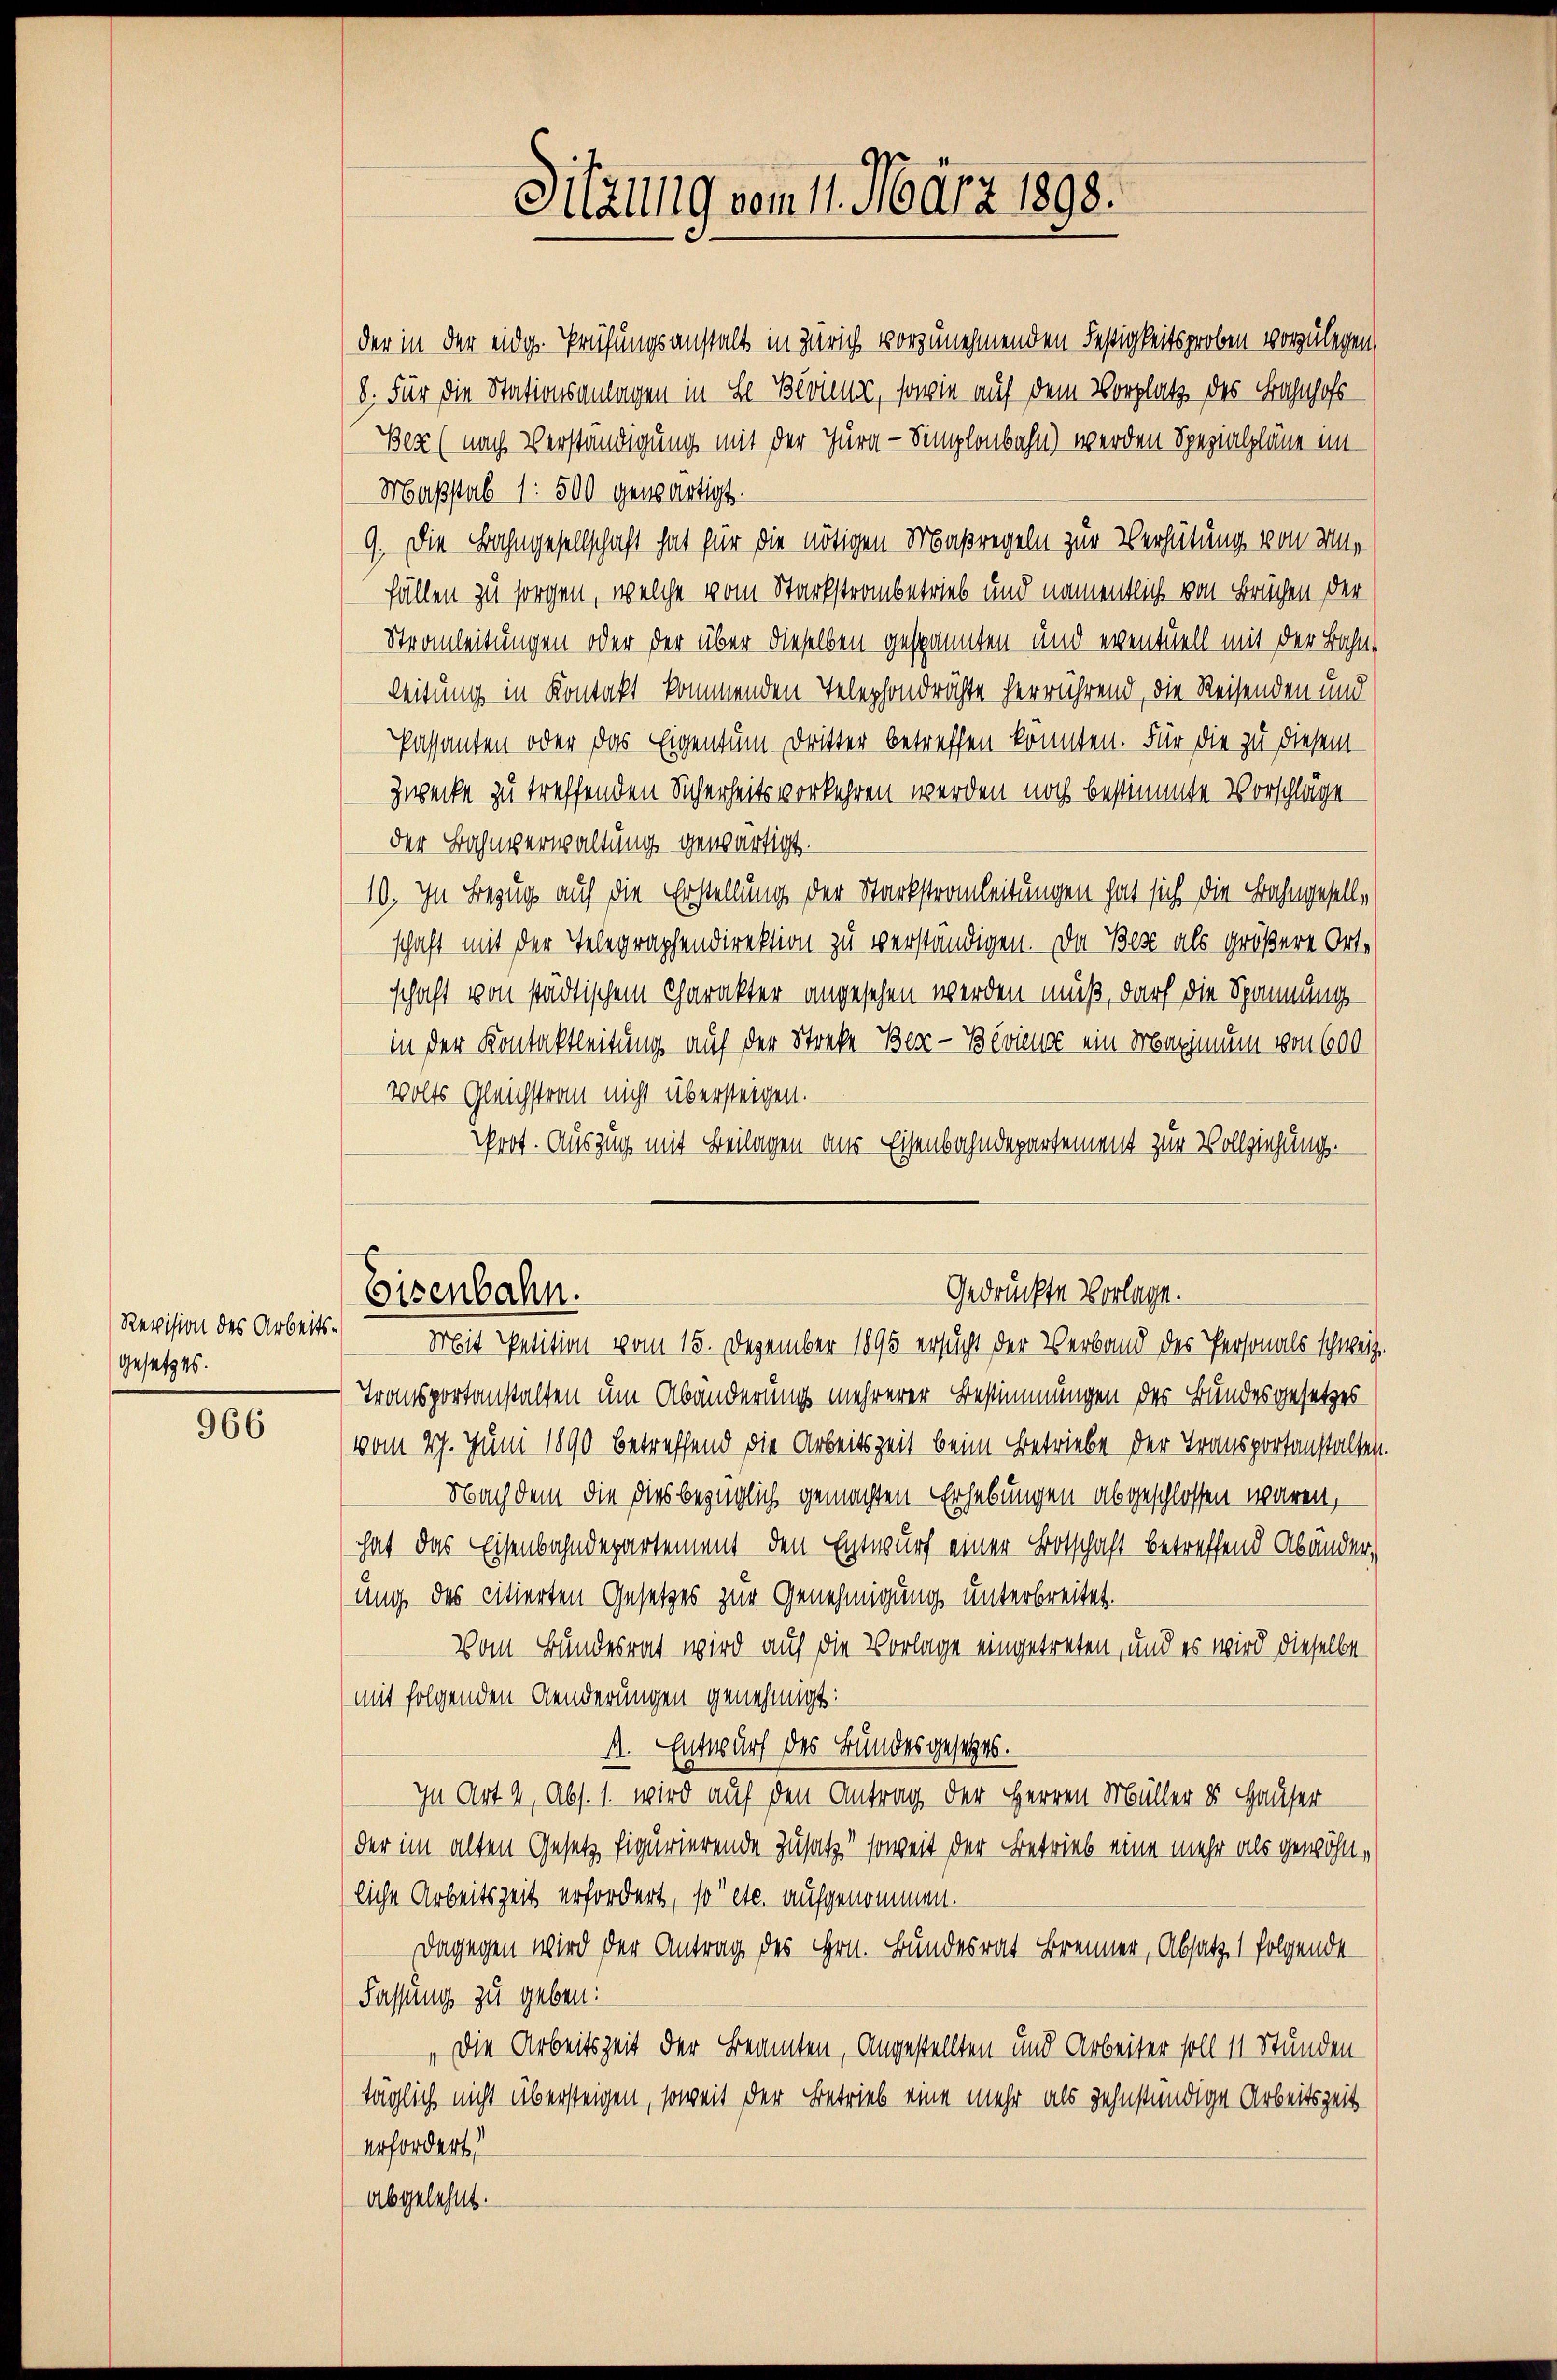
Revision des Arbeitsgesetzes.

966

der in der eidg. Prüfungsanstalt in Zürich vorzunehmenden Festigkeitsproben vorzulegen,
8. Für die Stationsanlagen in Se. Beviene, sowie auf dem Vorplatz des Bahnhofs
Bez (nach Verständigung mit der Jura-Simplonbahn) werden Spezialpläne im
Maßstab 1: 500 gewärtigt.
9. Die Bahngesellschaft hat für die nötigen Maßregeln zur Verhütung von Mit-
fällen zu sorgen, welche vom Starkstranbetrieb und namentlich von Brüchen der
Stronleitungen oder der über dieselben gespannten und eventuell mit der Bahn-
Leitung in Kontakt kommenden Telephondröchte herrührend, die Reisenden und
Passanten oder das Eigentum Dritter betreffen könnten. Für die zu diesem
Zwecke zu treffenden Sicherheits vorkehren werden noch bestimmte Vorschläge
der Bahnverwaltung gewärtigt.
10. In Bezug auf die Erstellung der Starkstronleitungen hat sich die Bahngesellschaft mit der Telegraphendirektion zu verständigen. Da Bese als größere Ortschaft von städtischem Charakter angesehen werden muß, darf die Spannungsin der Kontaktleitung auf der Streke Ber - Beviende ein Maximum von 600
Wolts Gleichstran nicht übersteigen.
rot. Auszug mit Beilagen aus Eisenbahndepartement zur Vollziehung.

Sitzung vom 11. März 1898.

Gedruckte Vorlage.
Eisenbahn.

Mit Petition vom 15. Dezember 1895 ersucht der Verband des Personals schweiz.
Transportanstalten um Abänderung mehrerer Bestimmungen des Bundesgesetzes
vom 27. Juni 1890 betreffend die Arbeitszeit beim Betriebe der Transportanstalten.
Nachdem die dies bezüglich gemachten Erhebungen abgeschlossen waren,
hat das Eisenbahndepartement den Entwurf einer Botschaft betreffend Abänder,
ung des citierten Gesetzes zur Genehmigung unterbreitet.
Vom Bundesrat wird auf die Vorlage eingetreten, und es wird dieselbe
mit folgenden Aenderungen genehmigt:
s. Entwurf des Bundesgesetzes.
In Art 4, Abs. 1. wird auf den Antrag der Herren Müller es Hauser
der im alten Gesetz figurierende Zusatz soweit der Betrieb eine mehr als gewöhntliche Arbeitszeit erfordert, so etc. aufgenommen.
Dagegen wird der Antrag des Hrn. Bundesrat Brenner, Absatz 1 folgende
Fassung zu geben:
„Die Arbeitszeit der Beamten, Angestellten und Arbeiter soll 11 Stunden
täglich nicht übersteigen, soweit der Betrieb eine mehr als zehnständige Arbeitszeit
erfordert,
abgelehnt.